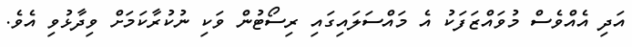
އަދި އެއްވެސް މުވައްޒަފަކު އެ މައްސަލައިގައި ރިސޯޓުން ވަކި ނުކުރާކަމަށް ވިދާޅުވި އެވެ.